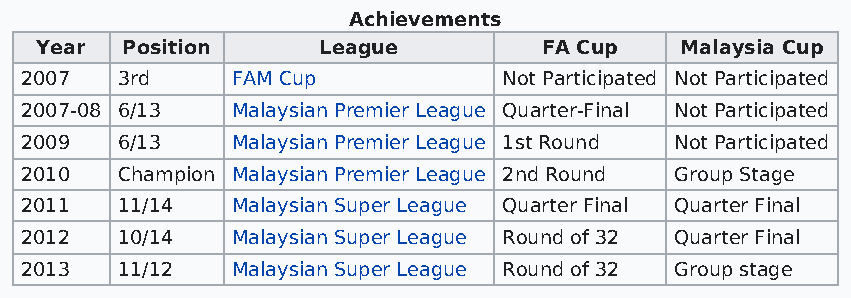
Achievements
 Year  Position     League         FA Cup   Malaysia Cup
 2007   3rd    FAM Cup           Not Participated Not Participated
 2007-08 6/13  Malaysian Premier League Quarter-Final Not Participated
 2009   6/13   Malaysian Premier League 1st Round Not Participated
 2010   Champion Malaysian Premier League 2nd Round Group Stage
 2011   11/14  Malaysian Super League Quarter Final Quarter Final
 2012   10/14  Malaysian Super League Round of 32 Quarter Final
 2013   11/12  Malaysian Super League Round of 32 Group stage